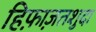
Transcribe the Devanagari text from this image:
हिफ़ाज़तशुदा